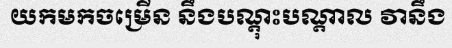
យកមកចម្រើន នឹងបណ្តុះបណ្តាល វានឹង